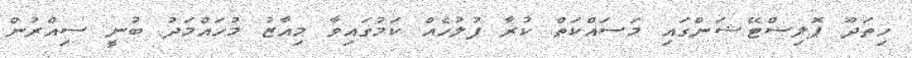
ހިތަދޫ ޕޮލިސްޓޭޝަންގައި މަސައްކަތް ކުރާ ފުލުހެއް ކަމުގައިވާ މިއާޒު މުހައްމަދު ބުނީ ސިއްރުން